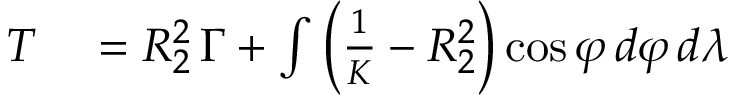
\begin{array} { r l } { T } & { { } = R _ { 2 } ^ { 2 } \, \Gamma + \int { \biggl ( } { \frac { 1 } { K } } - R _ { 2 } ^ { 2 } { \biggr ) } \cos \varphi \, d \varphi \, d \lambda } \end{array}